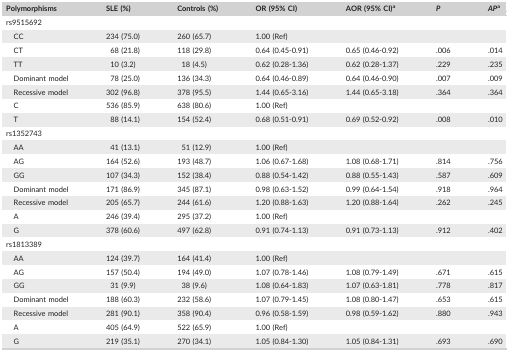
<table><thead><tr><td><b>Polymorphisms</b></td><td><b>SLE (%)</b></td><td><b>Controls (%)</b></td><td><b>OR (95% CI)</b></td><td><b>AOR (95% CI)a</b></td><td><b><i>P</i></b></td><td><b><i>AP</i>a</b></td></tr></thead><tbody><tr><td colspan="7">rs9515692</td></tr><tr><td>CC</td><td>234 (75.0)</td><td>260 (65.7)</td><td>1.00 (Ref)</td><td></td><td></td><td></td></tr><tr><td>CT</td><td>68 (21.8)</td><td>118 (29.8)</td><td>0.64 (0.45‐0.91)</td><td>0.65 (0.46‐0.92)</td><td>.006</td><td>.014</td></tr><tr><td>TT</td><td>10 (3.2)</td><td>18 (4.5)</td><td>0.62 (0.28‐1.36)</td><td>0.62 (0.28‐1.37)</td><td>.229</td><td>.235</td></tr><tr><td>Dominant model</td><td>78 (25.0)</td><td>136 (34.3)</td><td>0.64 (0.46‐0.89)</td><td>0.64 (0.46‐0.90)</td><td>.007</td><td>.009</td></tr><tr><td>Recessive model</td><td>302 (96.8)</td><td>378 (95.5)</td><td>1.44 (0.65‐3.16)</td><td>1.44 (0.65‐3.18)</td><td>.364</td><td>.364</td></tr><tr><td>C</td><td>536 (85.9)</td><td>638 (80.6)</td><td>1.00 (Ref)</td><td></td><td></td><td></td></tr><tr><td>T</td><td>88 (14.1)</td><td>154 (52.4)</td><td>0.68 (0.51‐0.91)</td><td>0.69 (0.52‐0.92)</td><td>.008</td><td>.010</td></tr><tr><td colspan="7">rs1352743</td></tr><tr><td>AA</td><td>41 (13.1)</td><td>51 (12.9)</td><td>1.00 (Ref)</td><td></td><td></td><td></td></tr><tr><td>AG</td><td>164 (52.6)</td><td>193 (48.7)</td><td>1.06 (0.67‐1.68)</td><td>1.08 (0.68‐1.71)</td><td>.814</td><td>.756</td></tr><tr><td>GG</td><td>107 (34.3)</td><td>152 (38.4)</td><td>0.88 (0.54‐1.42)</td><td>0.88 (0.55‐1.43)</td><td>.587</td><td>.609</td></tr><tr><td>Dominant model</td><td>171 (86.9)</td><td>345 (87.1)</td><td>0.98 (0.63‐1.52)</td><td>0.99 (0.64‐1.54)</td><td>.918</td><td>.964</td></tr><tr><td>Recessive model</td><td>205 (65.7)</td><td>244 (61.6)</td><td>1.20 (0.88‐1.63)</td><td>1.20 (0.88‐1.64)</td><td>.262</td><td>.245</td></tr><tr><td>A</td><td>246 (39.4)</td><td>295 (37.2)</td><td>1.00 (Ref)</td><td></td><td></td><td></td></tr><tr><td>G</td><td>378 (60.6)</td><td>497 (62.8)</td><td>0.91 (0.74‐1.13)</td><td>0.91 (0.73‐1.13)</td><td>.912</td><td>.402</td></tr><tr><td colspan="7">rs1813389</td></tr><tr><td>AA</td><td>124 (39.7)</td><td>164 (41.4)</td><td>1.00 (Ref)</td><td></td><td></td><td></td></tr><tr><td>AG</td><td>157 (50.4)</td><td>194 (49.0)</td><td>1.07 (0.78‐1.46)</td><td>1.08 (0.79‐1.49)</td><td>.671</td><td>.615</td></tr><tr><td>GG</td><td>31 (9.9)</td><td>38 (9.6)</td><td>1.08 (0.64‐1.83)</td><td>1.07 (0.63‐1.81)</td><td>.778</td><td>.817</td></tr><tr><td>Dominant model</td><td>188 (60.3)</td><td>232 (58.6)</td><td>1.07 (0.79‐1.45)</td><td>1.08 (0.80‐1.47)</td><td>.653</td><td>.615</td></tr><tr><td>Recessive model</td><td>281 (90.1)</td><td>358 (90.4)</td><td>0.96 (0.58‐1.59)</td><td>0.98 (0.59‐1.62)</td><td>.880</td><td>.943</td></tr><tr><td>A</td><td>405 (64.9)</td><td>522 (65.9)</td><td>1.00 (Ref)</td><td></td><td></td><td></td></tr><tr><td>G</td><td>219 (35.1)</td><td>270 (34.1)</td><td>1.05 (0.84‐1.30)</td><td>1.05 (0.84‐1.31)</td><td>.693</td><td>.690</td></tr></tbody></table>